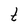
Character: t